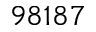
9 8 1 8 7